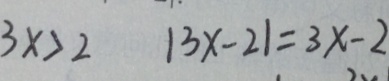
3 x > 2 \vert 3 x + 2 \vert = 3 x - 2